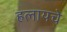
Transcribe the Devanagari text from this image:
हलायचे